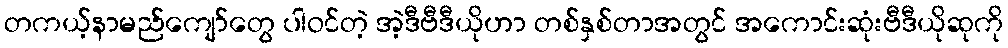
တကယ့်နာမည်ကျော်တွေ ပါဝင်တဲ့ အဲ့ဒီဗီဒီယိုဟာ တစ်နှစ်တာအတွင် အကောင်းဆုံးဗီဒီယိုဆုကို